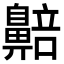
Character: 𬹰